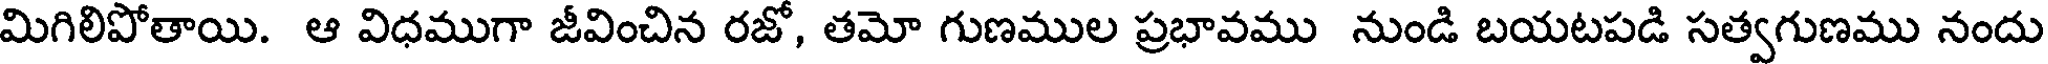
మిగిలిపోతాయి. ఆ విధముగా జీవించిన రజో, తమో గుణముల ప్రభావము నుండి బయటపడి సత్వగుణము నందు